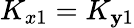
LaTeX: K_{x1}=K_{\mathbf{y}1}